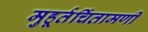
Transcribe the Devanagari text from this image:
मुहूर्तचिंतामणी